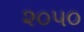
૨૦૫૦